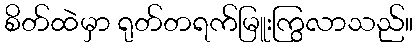
စိတ်ထဲမှာ ရုတ်တရက်မြူးကြွလာသည်။